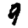
Digit: 9